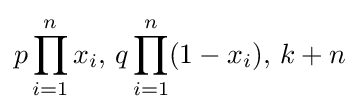
p\prod _{i=1}^{n}x_{i},\,q\prod _{i=1}^{n}(1-x_{i}),\,k+n\!